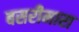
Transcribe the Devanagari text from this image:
बसरीमारा